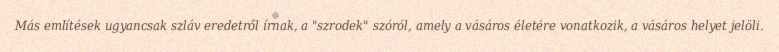
Más említések ugyancsak szláv eredetről írnak, a "szrodek" szóról, amely a vásáros életére vonatkozik, a vásáros helyet jelöli.